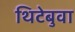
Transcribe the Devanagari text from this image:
थिटेबुवा